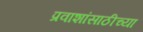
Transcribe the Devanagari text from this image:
प्रवाशांसाठीच्या